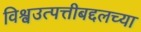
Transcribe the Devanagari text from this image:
विश्वउत्पत्तीबद्दलच्या